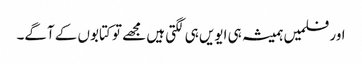
اور فلمیں ہمیشہ ہی ایویں ہی لگتی ہیں مجھے تو کتابوں کے آگے۔